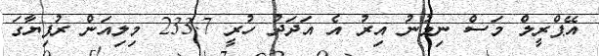
އޭޕްރީލް މަސް ނިމުނު އިރު އެ އަދަދު ހުރީ 233.7 މިލިއަން ރުފިޔާގަ